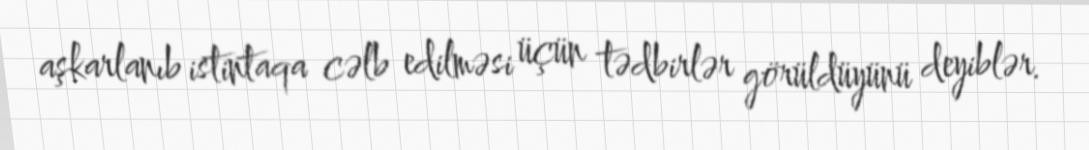
aşkarlanıb istintaqa cəlb edilməsi üçün tədbirlər görüldüyünü deyiblər.